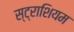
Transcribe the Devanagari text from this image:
स्ट्राशियम